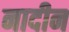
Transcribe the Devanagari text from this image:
नादीन